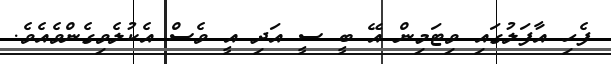
ފެހި އާފަލުގައި ވިޓަމިން އޭ ބީ ސީ އަދި އީ ވެސް އެކުލެވިގެންވެއެވެ.